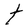
Character: t